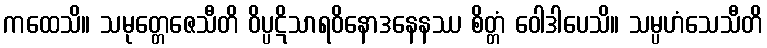
ကထေသိ။ သမုတ္တေဇေသီတိ ဝိပ္ပဋိသာရဝိနောဒနေနဿ စိတ္တံ ဝေါဒါပေသိ။ သမ္ပဟံသေသီတိ